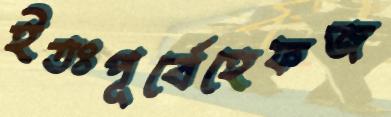
ইতঃপূর্বেহেফজ